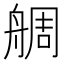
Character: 𦩍